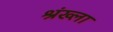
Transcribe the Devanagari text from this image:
श्रंख्ला